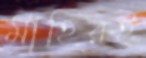
মাহিরই